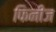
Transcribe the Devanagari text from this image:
फिनीज